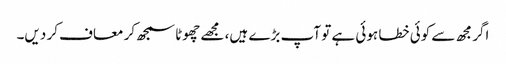
اگر مجھ سے کوئی خطا ہوئی ہے تو آپ بڑے ہیں، مجھے چھوٹا سمجھ کر معاف کر دیں۔